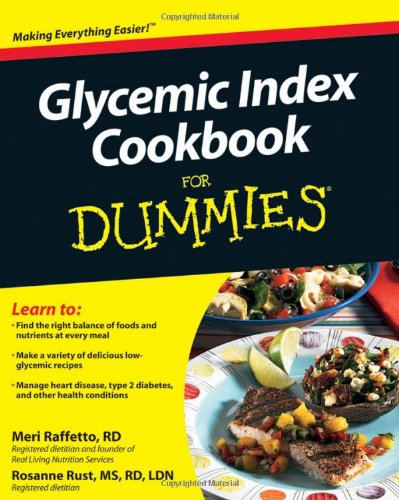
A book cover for Glycemic Index Cookbook For Dummies; Rosanne Rust; Cookbooks, Food & Wine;